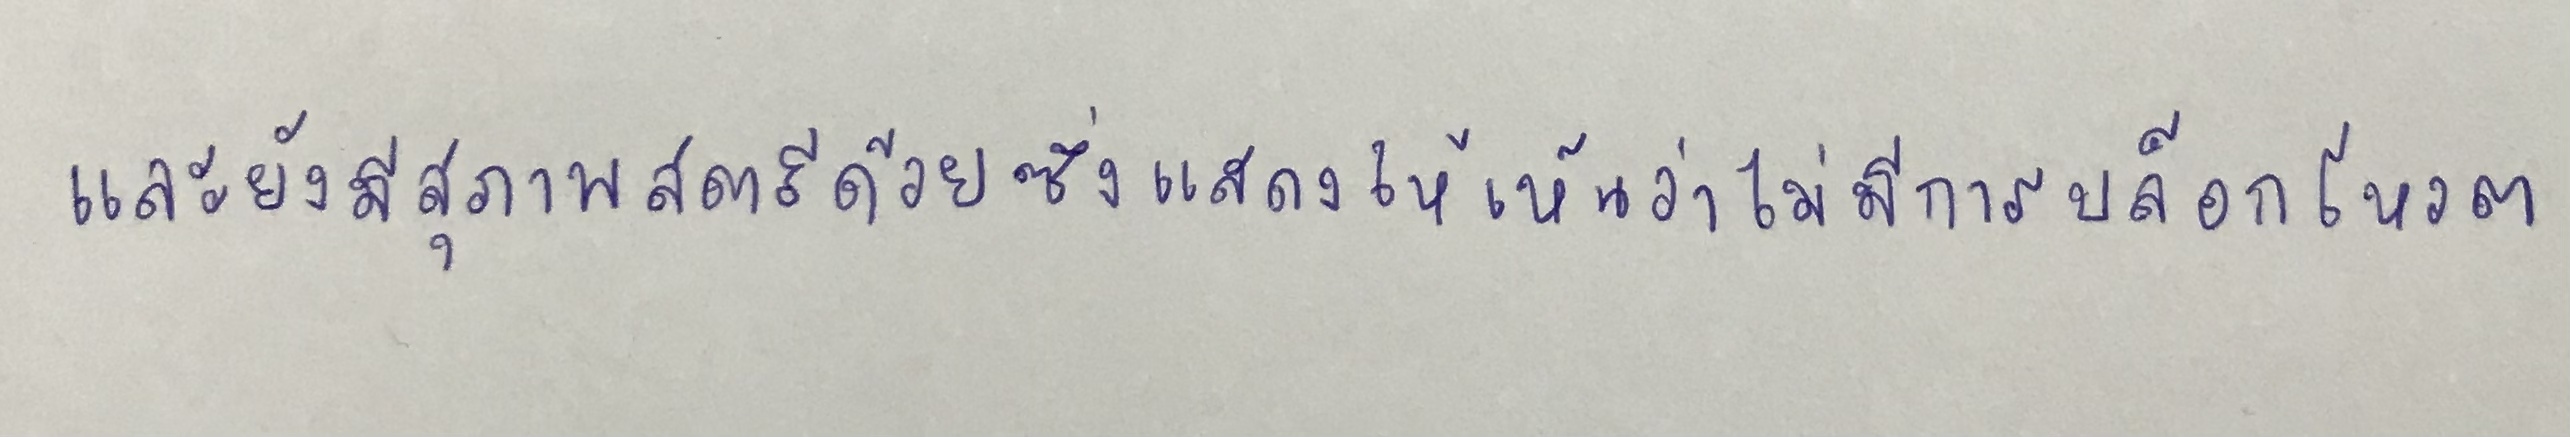
และยังมีสุภาพสตรีด้วยซึ่งแสดงให้เห็นว่าไม่มีการบล็อกโหวต